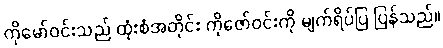
ကိုမော်ဝင်းသည် ထုံးစံအတိုင်း ကိုဇော်ဝင်းကို မျက်ရိပ်ပြ ပြန်သည်။